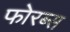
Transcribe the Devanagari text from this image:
फोरब्स